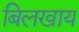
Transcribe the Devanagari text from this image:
बिलखाय